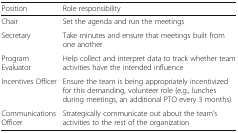
| Position | Role responsibility |
 | --- | --- |
 | Chair | Set the agenda and run the meetings |
 | Secretary | Take minutes and ensure that meetings built from one another |
 | Program Evaluator | Help collect and interpret data to track whether team activities have the intended influence |
 | Incentives Officer | Ensure the team is being appropriately incentivized for this demanding, volunteer role (e.g., lunches during meetings, an additional PTO every 3 months) |
 | Communications Officer | Strategically communicate out about the team’s activities to the rest of the organization |